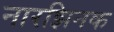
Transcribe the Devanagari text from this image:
नारझिनक